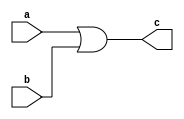
module or_gate1(a,b,c);
input a,b;
output c;
assign c=a|b;
endmodule